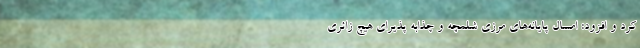
کرد و افزود: امسال پایانه‌های مرزی شلمچه و چذابه پذیرای هیچ زائری